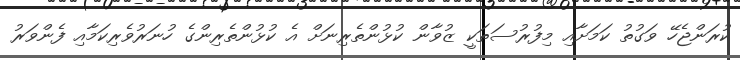
ކުރަންޖެހޭ ވަގުތު ކަމަށާއި މިފުރުސަތަކީ ޒުވާން ކުޅުންތެރިނަށް އެ ކުޅުންތެރިންގެ ހުނަރުވެރިކަމާއި ފެންވަރު